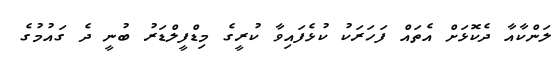
ލަންކާއާ ދެކޮޅަށް އެތައް ފަހަރަކު ކުޅެފައިވާ ކުރީގެ މިޑްފީލްޑަރު ބުނީ ދެ ގައުމުގެ